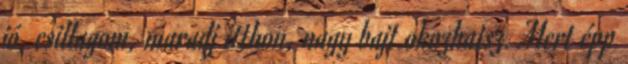
jó, csillagom, maradj itthon, nagy bajt okozhatsz. Mert épp